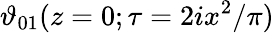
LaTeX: \vartheta_{01}(z=0;\tau=2ix^{2}/\pi)